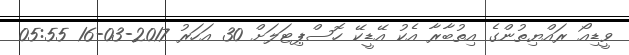
ވީޑިއޯ ރައްޔިތުންގެ އިތުބާރާ އެކު އޭޑީކޭ ހޮސްޕިޓަލަށް 30 އަހަރު 2017-03-16 05:55